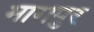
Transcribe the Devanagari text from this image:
भागपुर